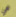
هي